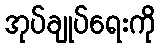
အုပ်ချုပ်ရေးကို